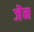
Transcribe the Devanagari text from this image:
जॆन